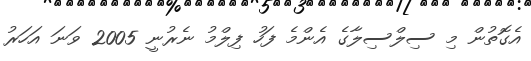
އެގޮތުން މި ސިލްސިލާގެ އެންމެ ފަހު ފިލްމު ނެރުނީ 2005 ވަނަ އަހަރު